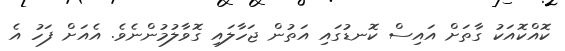
ކޮއްކޮއަކު ގާތަށް އައިސް ކޮނޑުގައި އަތުން ޖަހާލައި ގޮވާލުމުންނެވެ. އެއަށް ފަހު އެ